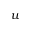
u